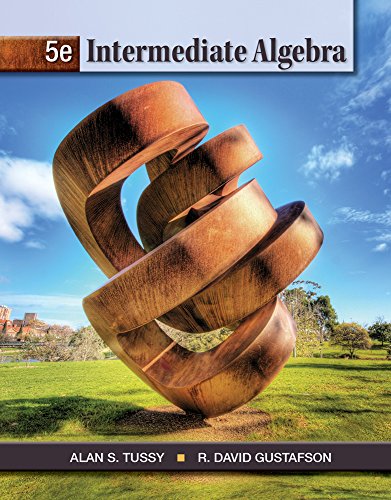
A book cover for Intermediate Algebra (Textbooks Available with Cengage Youbook); Alan S. Tussy; Science & Math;